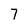
Character: 7